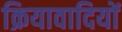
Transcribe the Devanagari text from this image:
क्रियावादियों